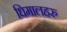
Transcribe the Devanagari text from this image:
धिमालहरु